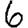
Digit: 6